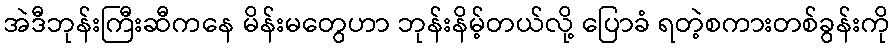
အဲဒီဘုန်းကြီးဆီကနေ မိန်းမတွေဟာ ဘုန်းနိမ့်တယ်လို့ ပြောခံ ရတဲ့စကားတစ်ခွန်းကို